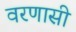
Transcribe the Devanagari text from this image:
वरणासी